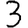
Digit: 3